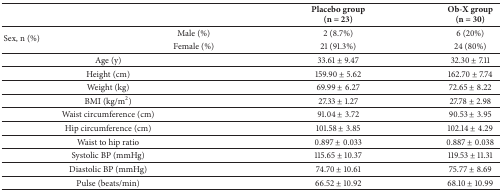
| <COLSPAN=2>  | Placebo group (n = 23) | Ob-X group (n = 30) |
 | --- | --- | --- | --- |
 | <ROWSPAN=2> Sex, n (%) | Male (%) | 2 (8.7%) | 6 (20%) |
 | Female (%) | 21 (91.3%) | 24 (80%) |
 | <COLSPAN=2> Age (y) | 33.61 ± 9.47 | 32.30 ± 7.11 |
 | <COLSPAN=2> Height (cm) | 159.90 ± 5.62 | 162.70 ± 7.74 |
 | <COLSPAN=2> Weight (kg) | 69.99 ± 6.27 | 72.65 ± 8.22 |
 | <COLSPAN=2> BMI (kg/m2) | 27.33 ± 1.27 | 27.78 ± 2.98 |
 | <COLSPAN=2> Waist circumference (cm) | 91.04 ± 3.72 | 90.53 ± 3.95 |
 | <COLSPAN=2> Hip circumference (cm) | 101.58 ± 3.85 | 102.14 ± 4.29 |
 | <COLSPAN=2> Waist to hip ratio | 0.897 ± 0.033 | 0.887 ± 0.038 |
 | <COLSPAN=2> Systolic BP (mmHg) | 115.65 ± 10.37 | 119.53 ± 11.31 |
 | <COLSPAN=2> Diastolic BP (mmHg) | 74.70 ± 10.61 | 75.77 ± 8.69 |
 | <COLSPAN=2> Pulse (beats/min) | 66.52 ± 10.92 | 68.10 ± 10.99 |